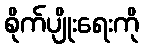
စိုက်ပျိုးရေးကို